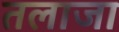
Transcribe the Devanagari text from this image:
तलाजा